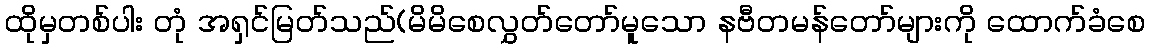
ထိုမှတစ်ပါး တုံ အရှင်မြတ်သည်(မိမိစေလွှတ်တော်မူသော နဗီတမန်တော်များကို ထောက်ခံစေ